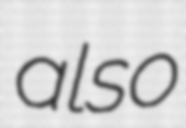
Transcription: also